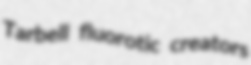
Tarbell fluorotic creators